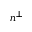
n ^ { \perp }